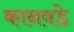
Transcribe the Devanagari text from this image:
कानवडे